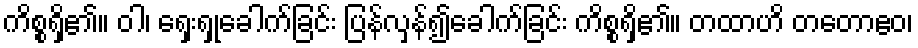
ကိစ္စရှိ၏။ ဝါ၊ ရှေးရှုခေါက်ခြင်း ပြန်လှန်၍ခေါက်ခြင်း ကိစ္စရှိ၏။ တထာဟိ တတောဧဝ၊